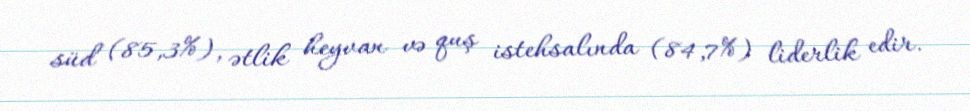
süd (85,3%), ətlik heyvan və quş istehsalında (84,7%) liderlik edir.